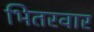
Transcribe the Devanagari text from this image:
भितरवार